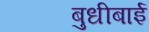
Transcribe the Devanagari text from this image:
बुधीबाई